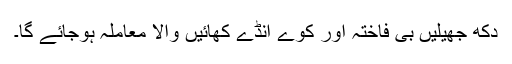
دُکھ جھیلیں بی فاختہ اور کوے انڈے کھائیں والا معاملہ ہوجائے گا۔